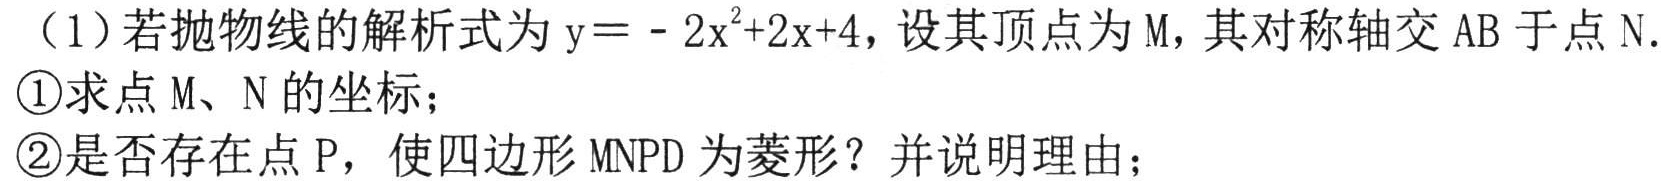
（1）若抛物线的解析式为\(y = - 2x^{2}+2x + 4\)，设其顶点为\(M\)，其对称轴交\(AB\)于点\(N\).
\textcircled{1}求点\(M\)、\(N\)的坐标；
\textcircled{2}是否存在点\(P\)，使四边形\(MNPD\)为菱形？并说明理由；